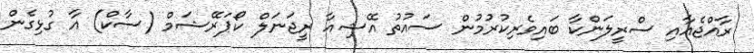
ރާއްޖެއާއި ސްރީލަންކާ ބައިވެރިކުރުމުން ސައުތު އޭޝިއާ ރީޖަނަލް ކޯޕަރޭޝަމް (ސާކް) އާ ގުޅިގެން